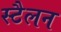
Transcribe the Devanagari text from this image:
स्टैलन